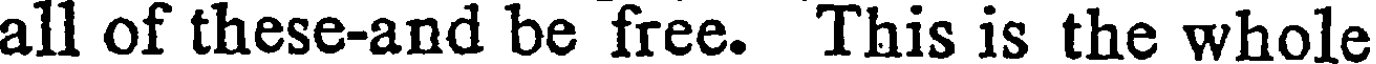
all of these-and be free. This is the whole